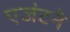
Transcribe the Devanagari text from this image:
एजंटने